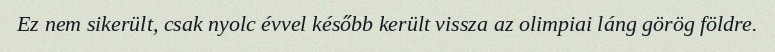
Ez nem sikerült, csak nyolc évvel később került vissza az olimpiai láng görög földre.